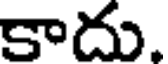
కాదు.